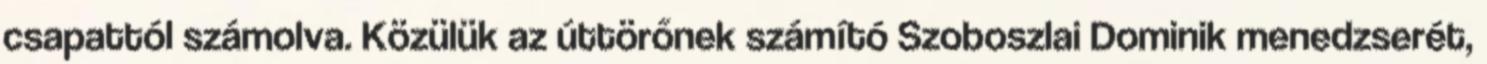
csapattól számolva. Közülük az úttörőnek számító Szoboszlai Dominik menedzserét,